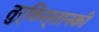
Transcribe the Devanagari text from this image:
तुर्किस्तानकी